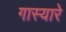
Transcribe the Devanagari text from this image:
गास्यारे